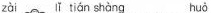
zài lǐ tìán shàng huò